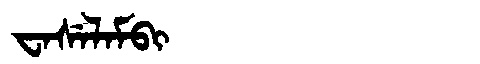
Manchu: ᠸᠠᠰᡝᠯᠠᠮᠪᡳ
Romanization: WASELAMBI